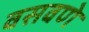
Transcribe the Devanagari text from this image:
वसवणे